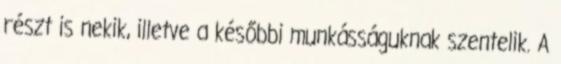
részt is nekik, illetve a későbbi munkásságuknak szentelik. A